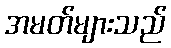
အမတ်များသည်